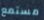
مستمع